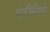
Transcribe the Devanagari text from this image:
एंटीसिपो